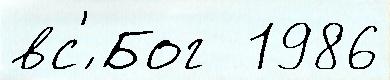
вс'́ Бог  1986